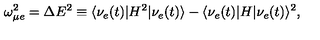
\omega _ { \mu e } ^ { 2 } = \Delta E ^ { 2 } \equiv \langle \nu _ { e } ( t ) | H ^ { 2 } | \nu _ { e } ( t ) \rangle - \langle \nu _ { e } ( t ) | H | \nu _ { e } ( t ) \rangle ^ { 2 } ,